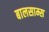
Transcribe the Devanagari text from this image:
बालसाम्स